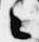
々